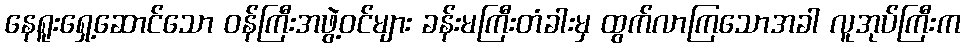
နေရူးရှေ့ဆောင်သော ဝန်ကြီးအဖွဲ့ဝင်များ ခန်းမကြီးတံခါးမှ ထွက်လာကြသောအခါ လူအုပ်ကြီးက